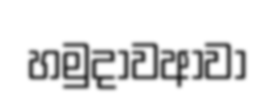
හමුදාවආවා